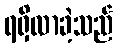
ရရှိလာခဲ့သည်